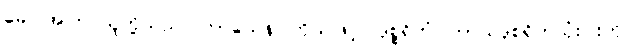
ခေါ၊ အကြင်သူတို့သည်။ ကာယေန၊ ကိုယ်ဖြင့်။ ဒုစ္စရိတံ၊ ကာယဒုစရိုက်သုံးပါးကို။